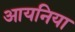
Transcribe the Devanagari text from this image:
आयनिया